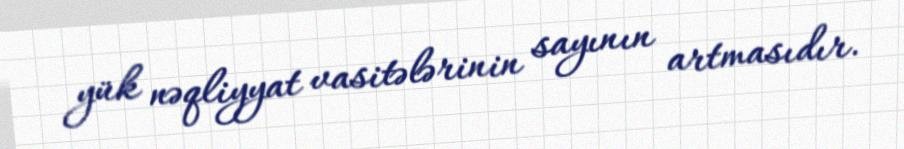
yük nəqliyyat vasitələrinin sayının artmasıdır.